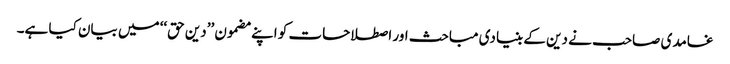
غامدی صاحب نے دین کے بنیادی مباحث اور اصطلاحات کو اپنے مضمون ’’دین حق‘‘ میں بیان کیا ہے۔